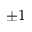
\pm 1